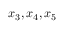
x _ { 3 } , x _ { 4 } , x _ { 5 }